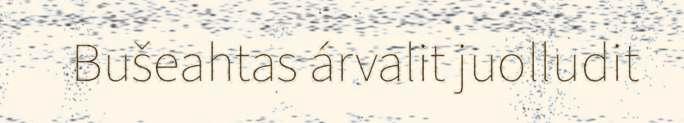
Bušeahtas árvalit juolludit